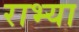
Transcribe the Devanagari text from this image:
राभ्या